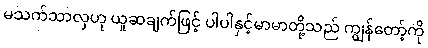
မသက်သာလှဟု ယူဆချက်ဖြင့် ပါပါနှင့်မာမာတို့သည် ကျွန်တော့်ကို